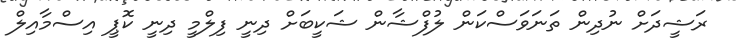
ރަޝީދަށް ނުދިން ތަނަވަސްކަން ލުފްޝާން ޝަކީބަށް ދިނީ ފިލްމީ ދިނީ ކޮޕީ އިސްމާއިލް